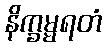
နိက္ခမ္မရတံ